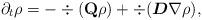
LaTeX: \begin{align*} \partial_t\rho=-\div(\mathbf{Q}\rho)+\div(\boldsymbol{D}\nabla \rho), \end{align*}